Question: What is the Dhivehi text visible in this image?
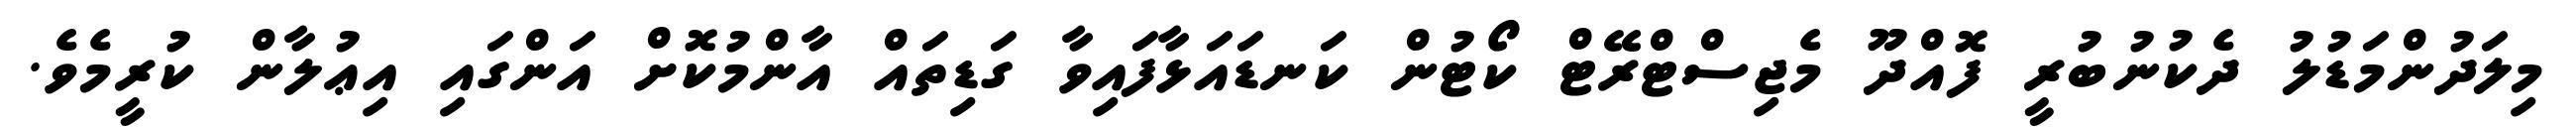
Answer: މިލަދުންމަޑުލު ދެކުނުބުރީ ފޮއްދޫ މެޖިސްޓްރޭޓް ކޯޓުން ކަނޑައަޅާފައިވާ ގަޑިތައް އާންމުކޮށް އަންގައި އިޢުލާން ކުރީމެވެ.